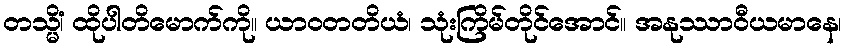
တသ္မိံ၊ ထိုပါတိမောက်ကို။ ယာဝတတိယံ၊ သုံးကြိမ်တိုင်အောင်။ အနုဿာဝီယမာနေ၊